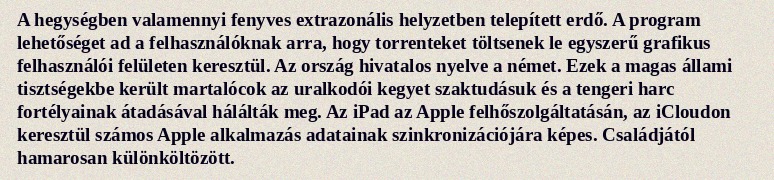
A hegységben valamennyi fenyves extrazonális helyzetben telepített erdő. A program lehetőséget ad a felhasználóknak arra, hogy torrenteket töltsenek le egyszerű grafikus felhasználói felületen keresztül. Az ország hivatalos nyelve a német. Ezek a magas állami tisztségekbe került martalócok az uralkodói kegyet szaktudásuk és a tengeri harc fortélyainak átadásával hálálták meg. Az iPad az Apple felhőszolgáltatásán, az iCloudon keresztül számos Apple alkalmazás adatainak szinkronizációjára képes. Családjától hamarosan különköltözött.